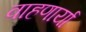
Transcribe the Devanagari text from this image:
वाहणार्या